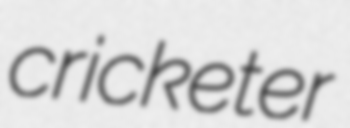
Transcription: cricketer